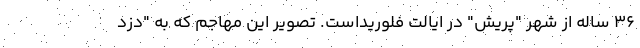
36 ساله از شهر "پریش" در ایالت فلوریداست. تصویر این مهاجم که به "دزد